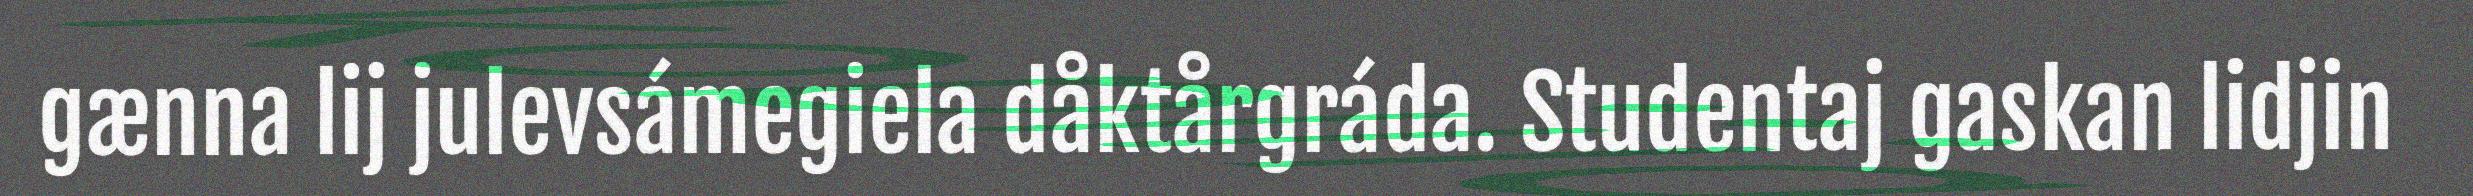
gænna lij julevsámegiela dåktårgráda. Studentaj gaskan lidjin